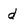
Character: d